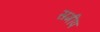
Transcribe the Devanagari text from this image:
समीप